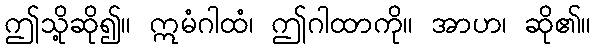
ဤသို့ဆို၍။ ဣမံဂါထံ၊ ဤဂါထာကို။ အာဟ၊ ဆို၏။